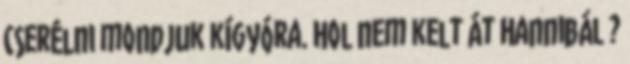
cserélni mondjuk kígyóra. Hol nem kelt át Hannibál ?